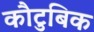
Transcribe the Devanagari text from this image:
कौटुबिक